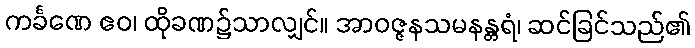
ကင်္ခဏေ ဧဝ၊ ထိုခဏ၌သာလျှင်။ အာဝဇ္ဇနသမနန္တရံ၊ ဆင်ခြင်သည်၏